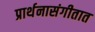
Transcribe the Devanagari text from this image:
प्रार्थनासंगीतात